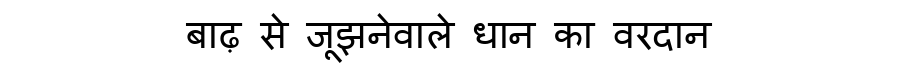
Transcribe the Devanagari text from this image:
बाढ़ से जूझनेवाले धान का वरदान